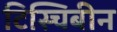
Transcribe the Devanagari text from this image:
टिस्चिबीन